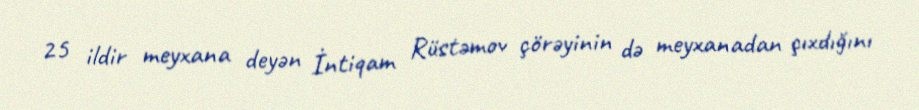
25 ildir meyxana deyən İntiqam Rüstəmov çörəyinin də meyxanadan çıxdığını